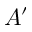
A ^ { \prime }